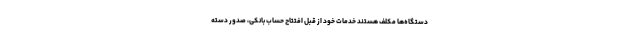
دستگاه‌ها مکلف هستند خدمات خود از قبل افتتاح حساب بانکی، صدور دسته